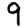
Digit: 9